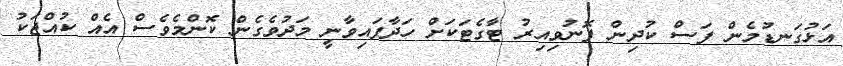
އަޅުގަނޑުމެން ފަސް ކުދިން ފޮނުވިއިރު ޓާގެޓަކަށް ހަދާފައިވާނީ މަދުވެގެން ކޮންމެވެސް އެއް ކުއްޖަކު